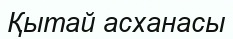
Қытай асханасы